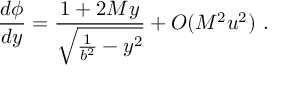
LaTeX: \frac { d \phi } { d y } = \frac { 1 + 2 M y } { \sqrt { \frac { 1 } { b ^ { 2 } } - y ^ { 2 } } } + O ( M ^ { 2 } u ^ { 2 } ) \ .